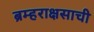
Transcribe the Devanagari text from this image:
ब्रम्हराक्षसाची